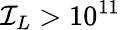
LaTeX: \mathcal{I}_{L}>10^{11}